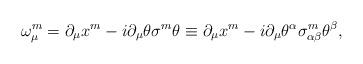
LaTeX: \begin{align*}\omega ^{{ m}}_{\mu }= \partial _{\mu} x^{{ m}}- i \partial _{\mu }\theta \sigma ^{{ m}}\theta \equiv\partial _{\mu }x^{{ m}} - i \partial _{\mu }\theta ^{\alpha }\sigma^{{ m}}_{\alpha \beta }\theta ^{\beta } ,\end{align*}